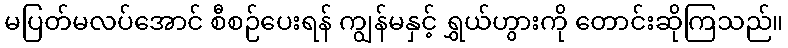
မပြတ်မလပ်အောင် စီစဉ်ပေးရန် ကျွန်မနှင့် ရွှယ်ဟွားကို တောင်းဆိုကြသည်။